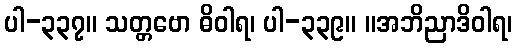
ပါ-၃၃၇။ သတ္တဗော ဓိဝါရ၊ ပါ-၃၃၉။ ။အဘိညာဒိဝါရ၊